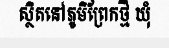
ស្ថិតនៅភូមិព្រែកថ្មី ឃុំ